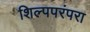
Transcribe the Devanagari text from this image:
शिल्पपरंपरा